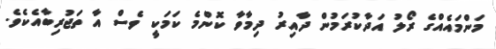
މަންމައެއްގެ ރޯލު އަދާކުރަމުން ދާއިރު ދިމާވާ ކޮންމެ ކަމަކީ ވެސް އާ ތަޖުރިބާއެކެވެ.